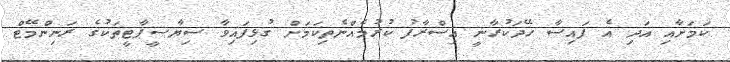
ކަމަށާއި އަދި އެ ފައިސާ ހޭދަކުރާނީ އިސްރާފު ކުރުމެއްނެތިކަމަށް ގުޅިފައިވާ ސިޔާސީޕާޓީތަކުގެ ރަނިންމޭޓް